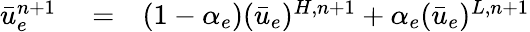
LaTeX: \begin{array}{rlr}{\bar{u}_{e}^{n+1}}&{{}=}&{(1-\alpha_{e})(\bar{u}_{e})^{H,n+1}+\alpha_{e}(\bar{u}_{e})^{L,n+1}}\end{array}